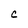
Character: C